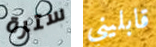
سترة قابليني